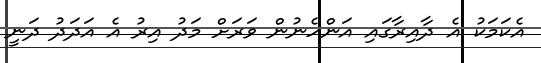
އެކަމަކު އެ ދާއިރާގައި އަންހެނުން ވަރަށް މަދު އިރު އެ އަދަދު ދަނީ